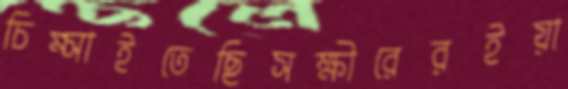
চিম্‌সাইতেছিসক্ষীরেরইয়া